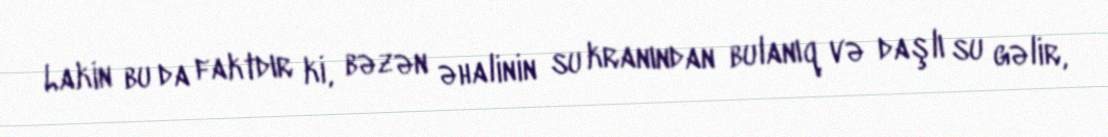
Lakin bu da faktdır ki, bəzən əhalinin su kranından bulanıq və daşlı su gəlir,